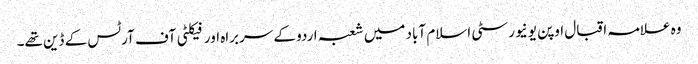
وہ علامہ اقبال اوپن یونیورسٹی اسلام آباد میں شعبہ اردو کے سربراہ اور فیکلٹی آف آرٹس کے ڈین تھے۔